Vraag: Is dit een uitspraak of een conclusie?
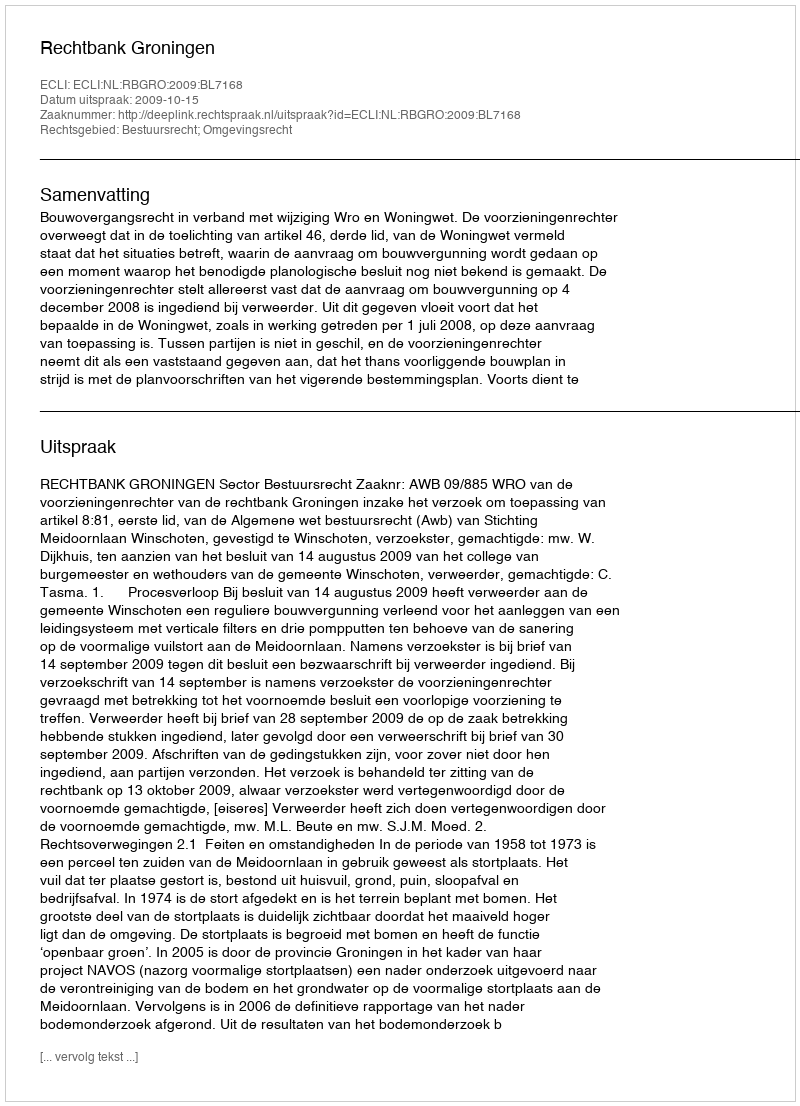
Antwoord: Uitspraak